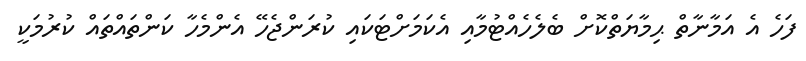
ފަހެ އެ އަމާނާތް ޙިމާޔަތްކޮށް ބެލެހެއްޓުމާއި އެކަމަށްޓަކައި ކުރަންޖެހޭ އެންމެހާ ކަންތައްތައް ކުރުމަކީ